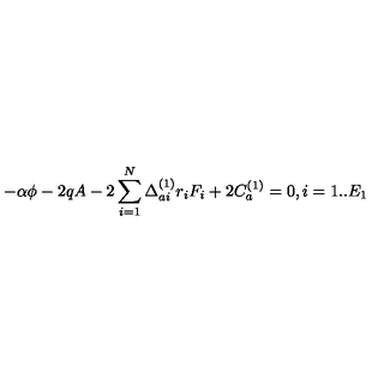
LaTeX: - \alpha \phi - 2 q A - 2 \sum _ { i = 1 } ^ { N } \Delta _ { a i } ^ { ( 1 ) } r _ { i } F _ { i } + 2 C _ { a } ^ { ( 1 ) } = 0 , i = 1 . . E _ { 1 }